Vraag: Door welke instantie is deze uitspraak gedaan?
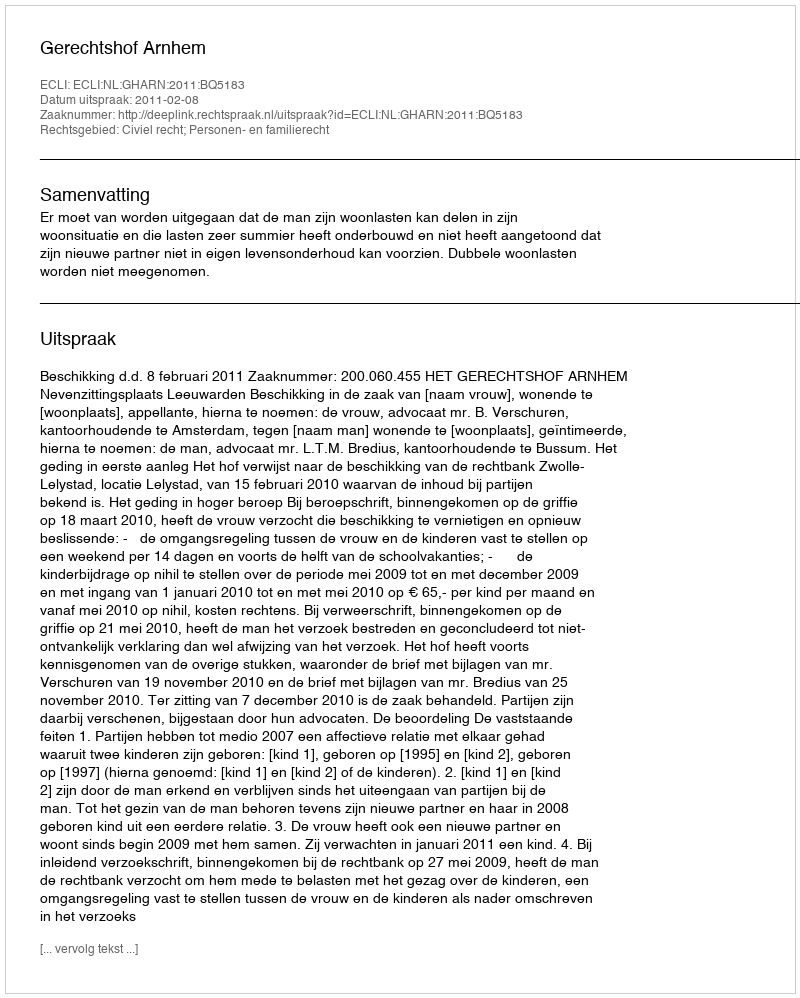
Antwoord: Gerechtshof Arnhem